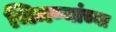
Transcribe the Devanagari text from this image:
चिमण्यांच्या